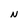
Character: N